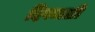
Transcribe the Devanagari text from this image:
दिपमाळी